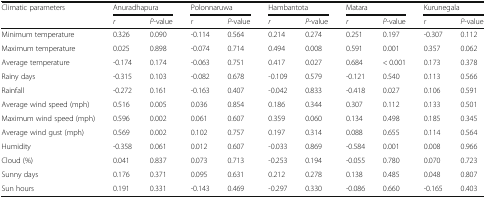
<table><thead><tr><td><b>Climatic parameters</b></td><td colspan="2"><b>Anuradhapura</b></td><td colspan="2"><b>Polonnaruwa</b></td><td colspan="2"><b>Hambantota</b></td><td colspan="2"><b>Matara</b></td><td colspan="2"><b>Kurunegala</b></td></tr><tr><td></td><td><b><i>r</i></b></td><td><b><i>P</i>-value</b></td><td><b><i>r</i></b></td><td><b><i>P</i>-value</b></td><td><b><i>r</i></b></td><td><b><i>P</i>-value</b></td><td><b><i>r</i></b></td><td><b><i>P</i>-value</b></td><td><b><i>r</i></b></td><td><b><i>P</i>-value</b></td></tr></thead><tbody><tr><td>Minimum temperature</td><td>0.326</td><td>0.090</td><td>-0.114</td><td>0.564</td><td>0.214</td><td>0.274</td><td>0.251</td><td>0.197</td><td>-0.307</td><td>0.112</td></tr><tr><td>Maximum temperature</td><td>0.025</td><td>0.898</td><td>-0.074</td><td>0.714</td><td>0.494</td><td>0.008</td><td>0.591</td><td>0.001</td><td>0.357</td><td>0.062</td></tr><tr><td>Average temperature</td><td>-0.174</td><td>0.174</td><td>-0.063</td><td>0.751</td><td>0.417</td><td>0.027</td><td>0.684</td><td>&lt; 0.001</td><td>0.173</td><td>0.378</td></tr><tr><td>Rainy days</td><td>-0.315</td><td>0.103</td><td>-0.082</td><td>0.678</td><td>-0.109</td><td>0.579</td><td>-0.121</td><td>0.540</td><td>0.113</td><td>0.566</td></tr><tr><td>Rainfall</td><td>-0.272</td><td>0.161</td><td>-0.163</td><td>0.407</td><td>-0.042</td><td>0.833</td><td>-0.418</td><td>0.027</td><td>0.106</td><td>0.591</td></tr><tr><td>Average wind speed (mph)</td><td>0.516</td><td>0.005</td><td>0.036</td><td>0.854</td><td>0.186</td><td>0.344</td><td>0.307</td><td>0.112</td><td>0.133</td><td>0.501</td></tr><tr><td>Maximum wind speed (mph)</td><td>0.596</td><td>0.002</td><td>0.061</td><td>0.607</td><td>0.359</td><td>0.060</td><td>0.134</td><td>0.498</td><td>0.185</td><td>0.345</td></tr><tr><td>Average wind gust (mph)</td><td>0.569</td><td>0.002</td><td>0.102</td><td>0.757</td><td>0.197</td><td>0.314</td><td>0.088</td><td>0.655</td><td>0.114</td><td>0.564</td></tr><tr><td>Humidity</td><td>-0.358</td><td>0.061</td><td>0.012</td><td>0.607</td><td>-0.033</td><td>0.869</td><td>-0.584</td><td>0.001</td><td>0.008</td><td>0.966</td></tr><tr><td>Cloud (%)</td><td>0.041</td><td>0.837</td><td>0.073</td><td>0.713</td><td>-0.253</td><td>0.194</td><td>-0.055</td><td>0.780</td><td>0.070</td><td>0.723</td></tr><tr><td>Sunny days</td><td>0.176</td><td>0.371</td><td>0.095</td><td>0.631</td><td>0.212</td><td>0.278</td><td>0.138</td><td>0.485</td><td>0.048</td><td>0.807</td></tr><tr><td>Sun hours</td><td>0.191</td><td>0.331</td><td>-0.143</td><td>0.469</td><td>-0.297</td><td>0.330</td><td>-0.086</td><td>0.660</td><td>-0.165</td><td>0.403</td></tr></tbody></table>